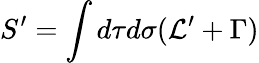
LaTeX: S^{\prime}=\int d\tau d\sigma({\cal L}^{\prime}+\Gamma)